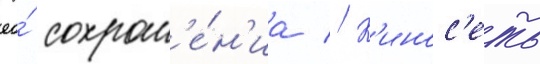
ео́ сохран'е́н'иа // К'инос'еть